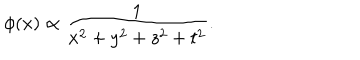
\phi ( x ) \propto { \frac { 1 } { x ^ { 2 } + y ^ { 2 } + z ^ { 2 } + t ^ { 2 } } } .